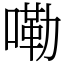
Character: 嘞